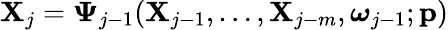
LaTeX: \mathbf{X}_{j}=\boldsymbol{\Psi}_{j-1}(\mathbf{X}_{j-1},\ldots,\mathbf{X}_{j-m},\boldsymbol{\omega}_{j-1};\mathbf{p})